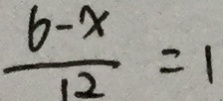
\frac { 6 - x } { 1 2 } = 1